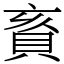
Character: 賌